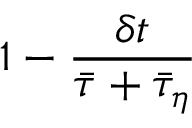
1 - \frac { \delta t } { \bar { \tau } + \bar { \tau } _ { \eta } }